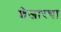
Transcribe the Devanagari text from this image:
शेजारचा